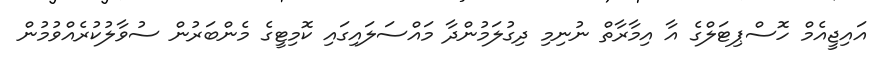
އައިޖީއެމް ހޮސްޕިޓަލްގެ އާ އިމާރާތް ނުނިމި ދިގުލަމުންދާ މައްސަލައިގައި ކޮމިޓީގެ މެންބަރުން ސުވާލުކުރެއްވުމުން